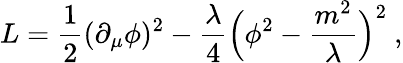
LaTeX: L={\frac{1}{2}}(\partial_{\mu}\phi)^{2}-{\frac{\lambda}{4}}\Bigl(\phi^{2}-{\frac{m^{2}}{\lambda}}\Bigr)^{2}\ ,